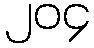
၂၀၄